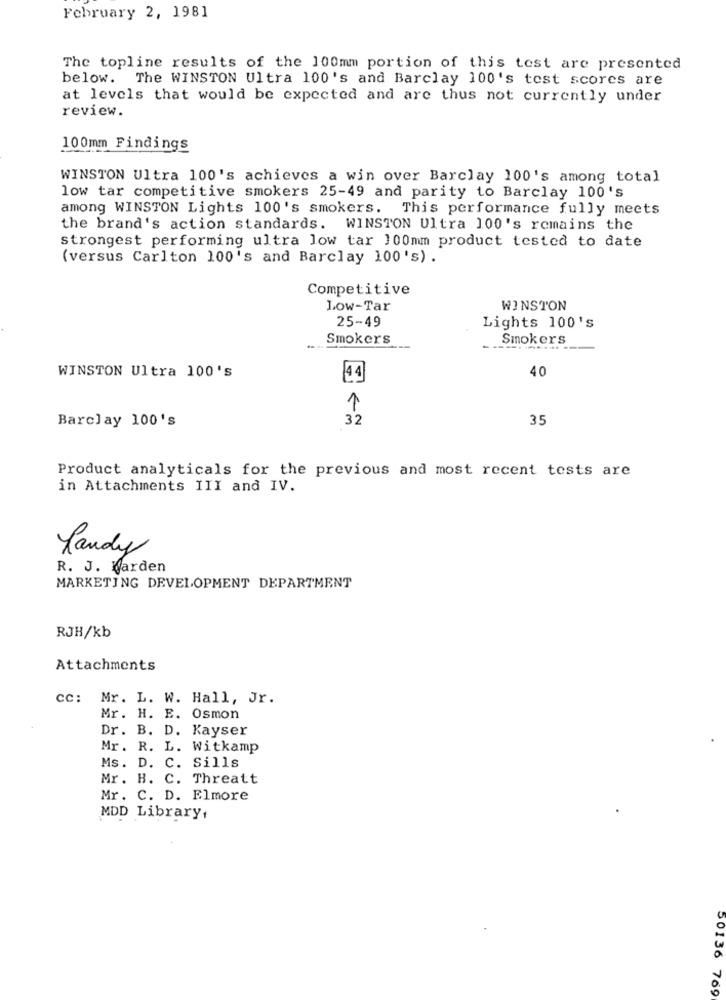
February 2, 1981
The topline results of the 100mm portion of this test are presented
below. The WINSTON Ultra 100's and Barclay 100's test scores are
at levels that would be expected and are thus not currently under
review.
100mm Findings
WINSTON Ultra 100's achieves a win over Barclay 100's among total
low tar competitive smokers 25-49 and parity to Barclay 100's
among WINSTON Lights 100's smokers. This performance fully meets
the brand's action standards. WINSTON Ultra 100's remains the
strongest performing ultra low tar 100mm product tested to date
(versus Carlton 100's and Barclay 100's) .
Competitive
Low-Tar
WINSTON
25-49
Lights 100's
Smokers
Smokers
40
WINSTON Ultra 100's
44
1
Barclay 100's
32
35
Product analyticals for the previous and most recent tests are
in Attachments III and IV.
Landy
R. J. Warden
MARKETING DEVELOPMENT DEPARTMENT
RJH/kb
Attachments
cc: Mr. L. W. Hall, Jr.
Mr. H. E. Osmon
Dr. B. D. Kayser
Mr. R. L. Witkamp
Ms. D. C. Sills
Mr. H. C. Threatt
Mr. C. D. Elmore
MDD Library,
50136 769